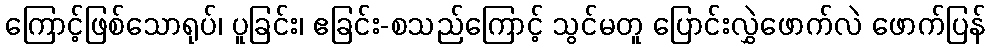
ကြောင့်ဖြစ်သောရုပ်၊ ပူခြင်း၊ ဧခြင်း-စသည်ကြောင့် သွင်မတူ ပြောင်းလွှဲဖောက်လဲ ဖောက်ပြန်